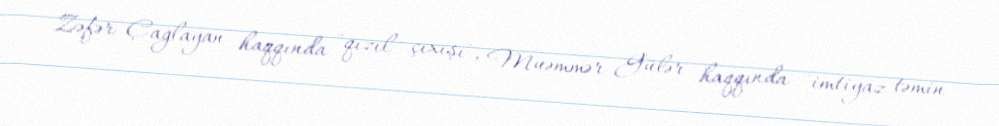
Zəfər Çağlayan haqqında "qızıl çıxışı", Muəmmər Gülər haqqında "imtiyaz təmin